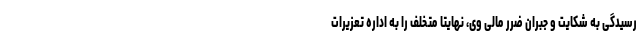
رسیدگی به شکایت و جبران ضرر مالی‌ وی، نهایتا متخلف را به اداره تعزیرات